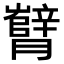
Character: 𬂘